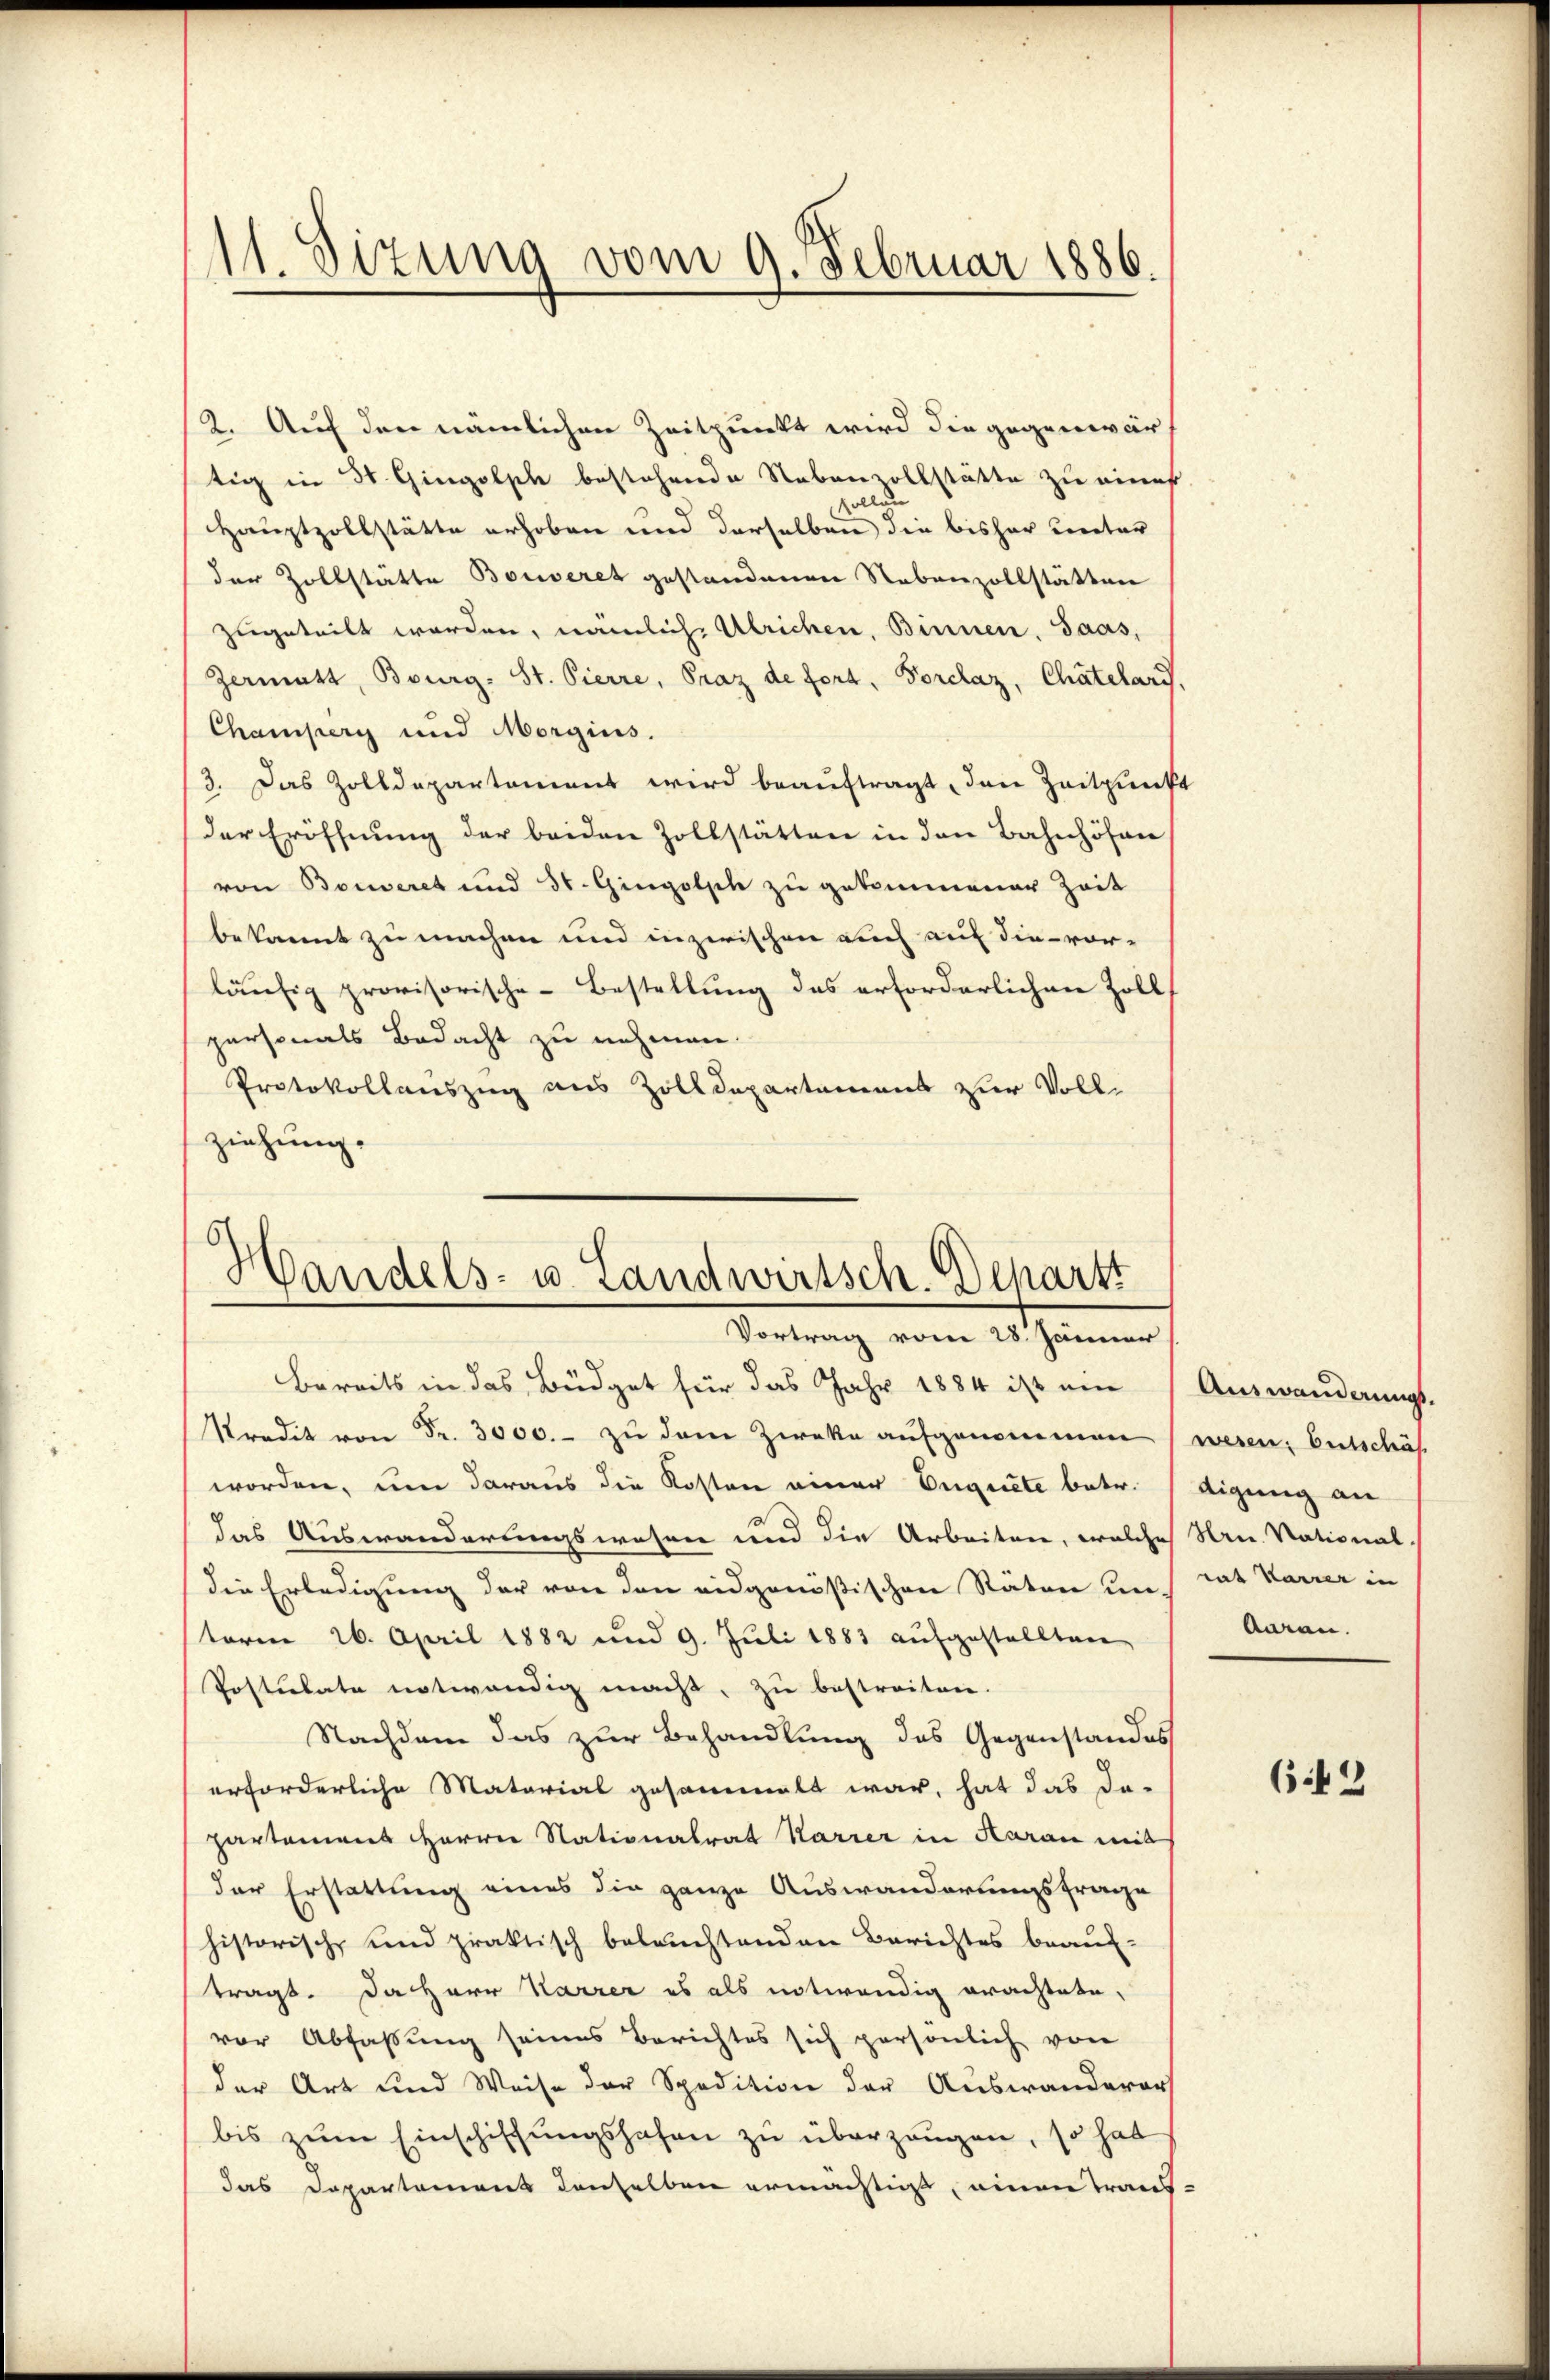
11. Sizung vom 9. Februar 1886.

2. Auf den nämlichen Zeitpunkt wird die gegenwär
tig in 3. Gingolph bestehende Nebenvollstätte zu eines.
sollen
Hauptzollstätte erhoben und derselben die bisher unter
der Zollstätte Bouveret gestandenen Nebenzollstätten
zugeteilt worden, nämlich Ulrichen, Binnen, Saas,
Zermatt, Bourg. St. Pierre, Praz de fort, Forclaz, Chätelary,
Champerg und Morgins.
3. Das Zolldepartement wird beauftragt, den Zeitpunkt
der Eröffnung der beiden Zollstätten in den Bahnhöfen
von Bonveret und 31. Gingolph zu gekommener Zeit
bekannt zu machen und inzwischen auch auf die vor-
läufig provisorische-Bestellung des erforderlichen Zoll
personals Bedacht zu nehmen.
Protokollauszug aus Zolldepartement zur Vollziehung.

Bereits in das Büdget für das Jahr 1884 ist ein (Auswanderungs-
Kredit von Fr. 3000.- zu dem Zwecke aufgenommen (wesen, Entschäf
worden, um daraus die Kosten einer Eugnete betr. digung an
das Auswanderungswahre und die Arbeiten, welche Hrn. National
die Erledigung der von den eidgenößischen Räten um tat Karrer in
term 26. April 1882 und 9. Juli 1883 aufgestellten
Postulate notwendig macht, zu bestreiten.
Nachdem das zur Behandlung des Gegenstandes
erforderliche Material gesammelt war, hat das da-
partamens Herren Stationalrat Karrer in Aarau mit
der Erstattung eines die ganze Auswanderungsfrage
historische und praktisch beleuchtenden Berichtes beauftragt. Da Herr Karrer es als notwendig erachtete,
vor Abfaßung seines Berichtes sich persönlich von
der Art und Weise der Spedition der Auswanderers
bis zum Einschiffungshofen zu überzeugen, so hat
das Departement denselben ermächtigt, einen Trans¬

Handels- u. Landwirtsch. Schartt
Vortrag vom 28. Jänner

karan.

642